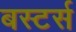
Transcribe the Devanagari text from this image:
बस्टर्स